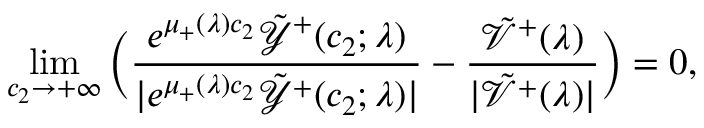
\operatorname* { l i m } _ { c _ { 2 } \to + \infty } \Big ( \frac { e ^ { \mu _ { + } ( \lambda ) c _ { 2 } } \tilde { \mathcal { Y } } ^ { + } ( c _ { 2 } ; \lambda ) } { | e ^ { \mu _ { + } ( \lambda ) c _ { 2 } } \tilde { \mathcal { Y } } ^ { + } ( c _ { 2 } ; \lambda ) | } - \frac { \tilde { \mathcal { V } } ^ { + } ( \lambda ) } { | \tilde { \mathcal { V } } ^ { + } ( \lambda ) | } \Big ) = 0 ,